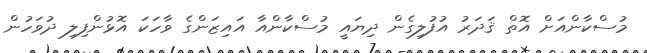
މުސްކާންއަށް އޮތް ޤަދަރު އުފުލިގެން ދިޔައީ މުސްކާންއާ އައިޒަންގެ ވާހަކަ އޮޅުންފިލި ދުވަހުން